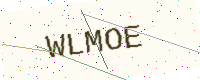
Text: WLMOE